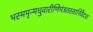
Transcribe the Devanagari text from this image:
भस्ममृन्मधुवारीणिमंत्रतस्तानिवैदश